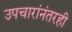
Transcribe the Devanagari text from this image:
उपचारांनंतरही